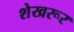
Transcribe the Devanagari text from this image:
शेखरूर